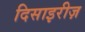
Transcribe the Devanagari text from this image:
दिसाइरीज़